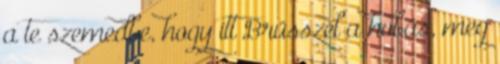
a te szemedbe, hogy itt Brüsszel a hobás, meg